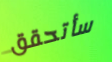
سأتحقق